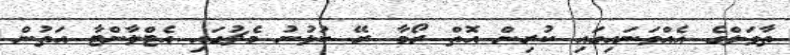
ތާވަލްގެ އެއްވަނައިގައި ކުރިން އޮތް ރޯމާ ރޭ ކުޅުނު މެޗުގައި އެޓްލާންޓާ އަތުން